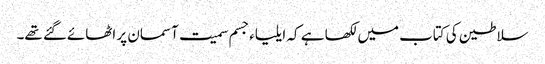
سلاطین کی کتاب میں لکھا ہے کہ ایلیاءجسم سمیت آسمان پر اٹھائےگئے تھے۔